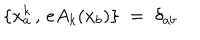
\{ x _ { a } ^ { k } \, , \, e A _ { k } ( x _ { b } ) \} \; = \; \delta _ { a b }